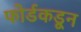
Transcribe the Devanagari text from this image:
फोर्डकडून